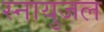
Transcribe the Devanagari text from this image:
स्नायुजल